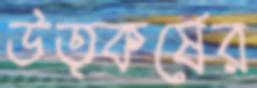
উত্কর্ষের